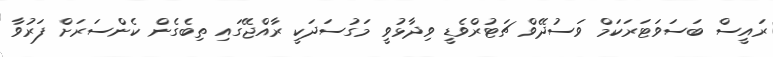
ރައީސް ބަސަވަޓަރަކަމް ވަސުދޭވް ޗަޓުރްވެޑީ ވިދާޅުވީ މަގުސަދަކީ ރާއްޖޭގައި ތިބެގެން ކެންސަރަށް ފަރުވާ